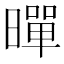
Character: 暺